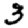
Digit: 3